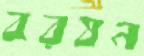
বরষন